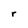
Character: r